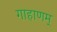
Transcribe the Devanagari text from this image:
गाहाणम्